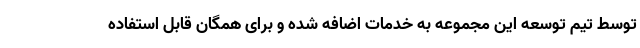
توسط تیم توسعه این مجموعه به خدمات اضافه شده و برای همگان قابل استفاده